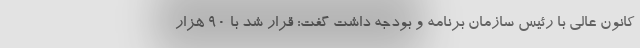
کانون عالی با رئیس سازمان برنامه و بودجه داشت گفت: قرار شد با ۹۰ هزار